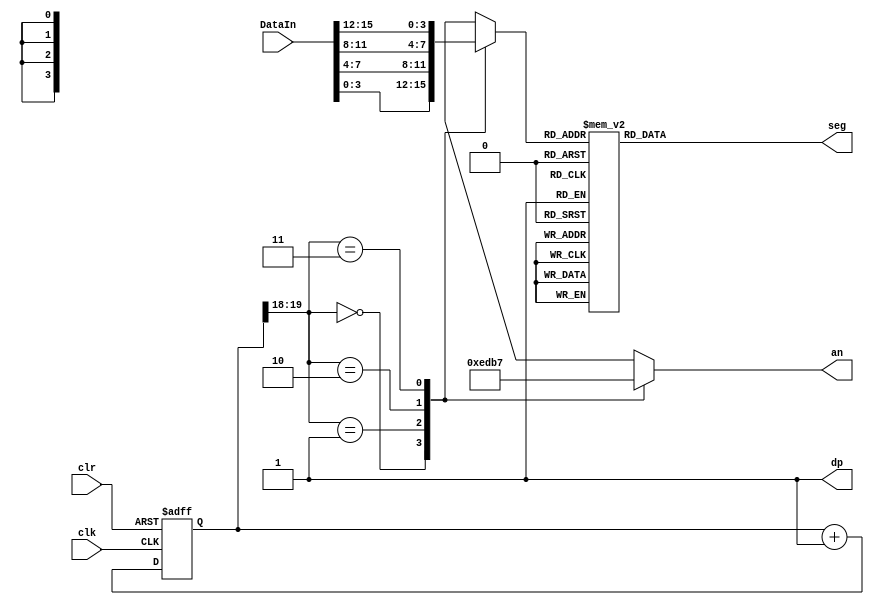
`timescale 1ns / 1ps
// From Dr. Mohammed Awedh
module DisplayBCD(
    input [15:0] DataIn, 
    input clk,
    input clr,
    output [6:0] seg,
    output [3:0] an,
    output dp
    );

    reg [6:0] to7SegReg;
    reg [3:0] anReg;
	 
	 wire [1:0] select;
	 
	 reg [3:0] digit;
	 reg [19:0] clkdiv;
	 
	 assign dp = 1'b1;  //Turn off the decimal point
	 assign seg = to7SegReg;
	 assign an = anReg;
	 assign select = clkdiv[19:18];
	 
	always @(*)  //Select one BCD digit
	  case (select)
		2'b00: digit = DataIn[3:0];
		2'b01: digit = DataIn[7:4];
		2'b10: digit = DataIn[11:8];
		2'b11: digit = DataIn[15:12];
		default: digit= DataIn[3:0];
	  endcase	 
	 
	 
	always @(*)  //Set the 7-seg input a,b,c,d,e,f,g
	  case (digit)
		4'b0000: to7SegReg = 7'b1000000; 	// 0
		4'b0001: to7SegReg = 7'b1111001; 	// 1
		4'b0010: to7SegReg = 7'b0100100; 	// 2
		4'b0011: to7SegReg = 7'b0110000; 	// 3
		4'b0100: to7SegReg = 7'b0011001;    // 4
		4'b0101: to7SegReg = 7'b0010010;    // 5
		4'b0110: to7SegReg = 7'b0000010;    // 6
		4'b0111: to7SegReg = 7'b1111000;    // 7
		4'b1000: to7SegReg = 7'b0000000; 	// 8
		4'b1001: to7SegReg = 7'b0010000;		// 9
		4'b1010: to7SegReg = 7'b0001000;		// A
		4'b1011: to7SegReg = 7'b0000011;		// B
		4'b1100: to7SegReg = 7'b1000110;		// C
		4'b1101: to7SegReg = 7'b0100001;		// D
		4'b1110: to7SegReg = 7'b0000110;		// E
		4'b1111: to7SegReg = 7'b0001110;		// F
		default: to7SegReg = 7'b1111111; //Blank
	  endcase
	  
	always @(*)  //enable the prober 7Segment
	  case (select)
		2'b00: anReg = 4'b1110; 
		2'b01: anReg = 4'b1101; 
		2'b10: anReg = 4'b1011; 
		2'b11: anReg = 4'b0111; 
		default: anReg = 4'b1111;
	  endcase
	  
	//Clock divider
	always @(posedge clk, posedge clr)
		if (clr == 1'b1)
		 clkdiv <= 0;
		else 
		 clkdiv <= clkdiv + 1;
	  
endmodule